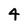
Character: 4